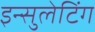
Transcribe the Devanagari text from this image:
इन्सुलेटिंग